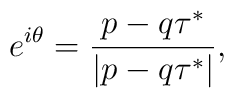
e^{i\theta}={p-q\tau^*\over{|p-q\tau^*|}},